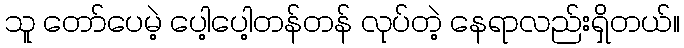
သူ တော်ပေမဲ့ ပေါ့ပေါ့တန်တန် လုပ်တဲ့ နေရာလည်းရှိတယ်။